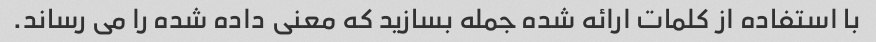
با استفاده از کلمات ارائه شده جمله بسازید که معنی داده شده را می رساند.